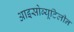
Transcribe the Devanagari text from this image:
आइसोब्यूटिलीन